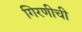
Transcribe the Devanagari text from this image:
गिरणीची